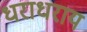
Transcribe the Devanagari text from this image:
धराधराय